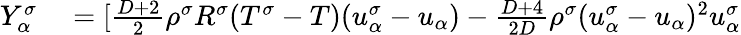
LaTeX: \begin{array}{r}{\begin{array}{rl}{Y_{\alpha}^{\sigma}}&{{}=[\frac{D+2}{2}\rho^{\sigma}R^{\sigma}(T^{\sigma}-T)(u_{\alpha}^{\sigma}-u_{\alpha})-\frac{D+4}{2D}\rho^{\sigma}(u_{\alpha}^{\sigma}-u_{\alpha})^{2}u_{\alpha}^{\sigma}}\end{array}}\end{array}